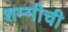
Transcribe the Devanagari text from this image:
शम्मीची